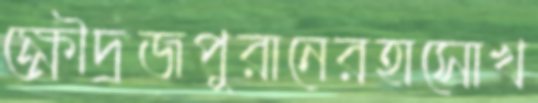
ক্ষৌদ্রজপুরানেরহাসোখ